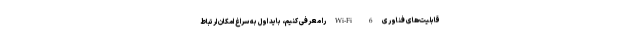
قابلیت‌های فناوری Wi-Fi 6 را معرفی کنیم، باید اول به سراغ امکان ارتباط